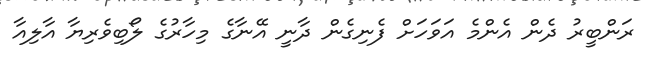
ރަންބީރު ދެން އެންމެ އަވަހަށް ފެނިގެން ދާނީ އޭނާގެ މިހާރުގެ ލޯބިވެރިޔާ އާލިއާ